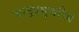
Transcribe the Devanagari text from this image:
चन्द्रप्रभुचरित्र